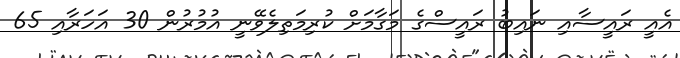
އެއީ ރައީސާއި ނައިބު ރައީސްގެ މަގާމަށް ކުރިމަތިލެވޭނީ އުމުރުން 30 އަހަރާއި 65